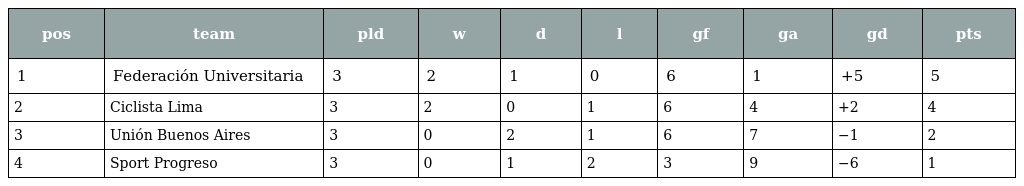
| pos | team | pld | w | d | l | gf | ga | gd | pts |
 | --- | --- | --- | --- | --- | --- | --- | --- | --- | --- |
 | 1 | Federación Universitaria | 3 | 2 | 1 | 0 | 6 | 1 | +5 | 5 |
 | 2 | Ciclista Lima | 3 | 2 | 0 | 1 | 6 | 4 | +2 | 4 |
 | 3 | Unión Buenos Aires | 3 | 0 | 2 | 1 | 6 | 7 | −1 | 2 |
 | 4 | Sport Progreso | 3 | 0 | 1 | 2 | 3 | 9 | −6 | 1 |